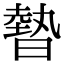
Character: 暬